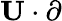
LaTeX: \mathbf{U}\cdot\mathbf{\partial}